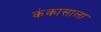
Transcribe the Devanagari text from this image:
कंकासाला